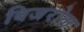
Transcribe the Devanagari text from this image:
बिजरोल